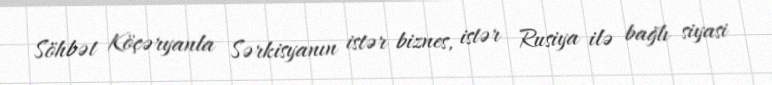
Söhbət Köçəryanla Sərkisyanın istər biznes, istər Rusiya ilə bağlı siyasi